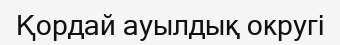
Қордай ауылдық округі